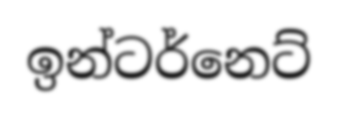
ඉන්ටර්නෙට්